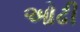
ઓઢી